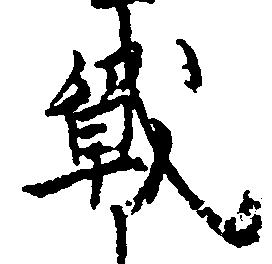
戦